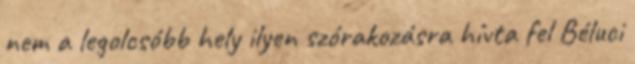
nem a legolcsóbb hely ilyen szórakozásra hívta fel Béluci